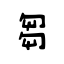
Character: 芻